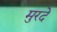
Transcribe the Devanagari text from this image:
मुरदे